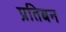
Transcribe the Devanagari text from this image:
प्रतिबन